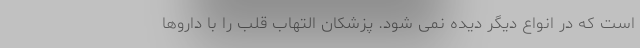
است که در انواع دیگر دیده نمی شود. پزشکان التهاب قلب را با داروها